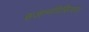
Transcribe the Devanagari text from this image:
हज़ानविसियस